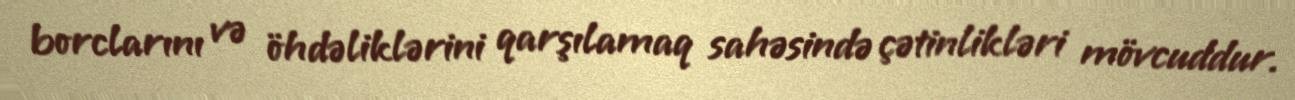
borclarını və öhdəliklərini qarşılamaq sahəsində çətinlikləri mövcuddur.